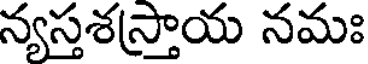
న్యస్తశస్తాయ నమః